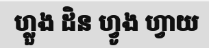
ហ្លួង ដិន ហ្វូង ហ្វាយ